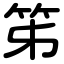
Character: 笫